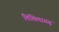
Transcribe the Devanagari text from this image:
तितिलागढ़